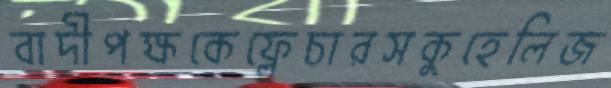
বাদীপক্ষকেফ্লেচারসকুহেলিজ